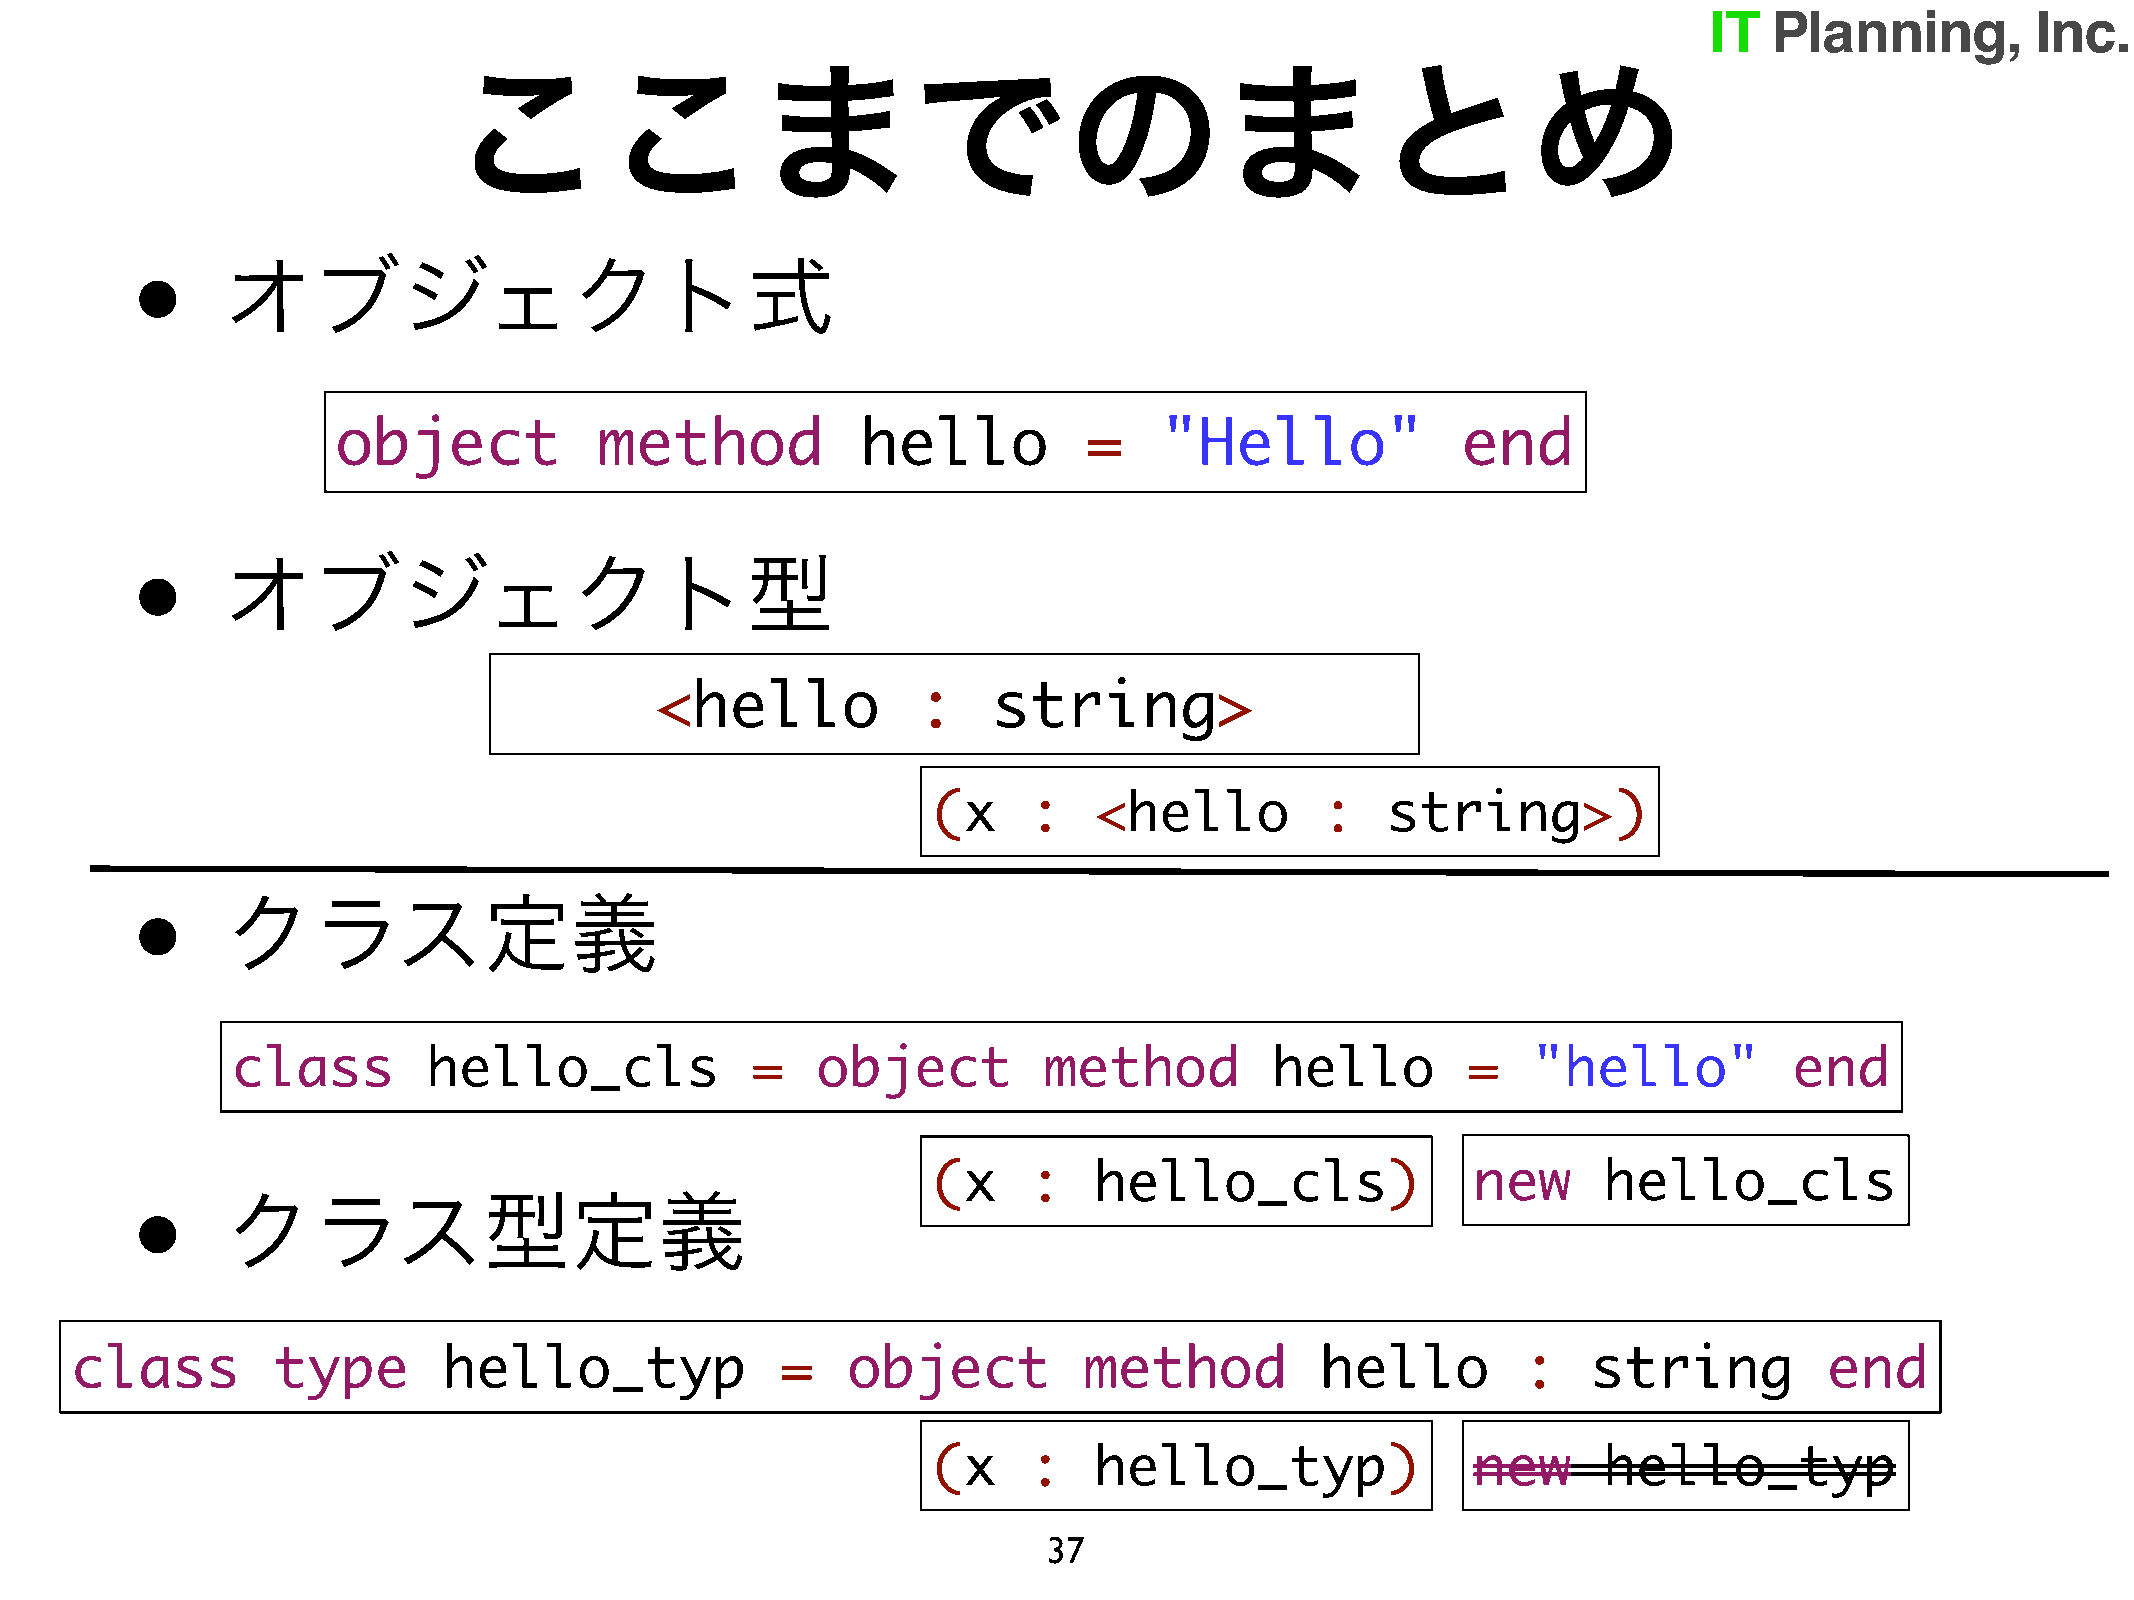
ここまでのまとめ
 •
 オブジェクト式
 object            method           hello          =    "Hello"             end
 •
 オブジェクト型
 <hello            :    string>
 (x    :   <hello         :    string>)
 •
 クラス定義
 class        hello_cls             =   object         method         hello        =   "hello"           end
 (x    :   hello_cls)                new     hello_cls
 •
 クラス型定義
 class        type       hello_typ              =   object          method         hello         :   string          end
 (x    :   hello_typ)                new     hello_typ
 37